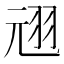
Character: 𫅣